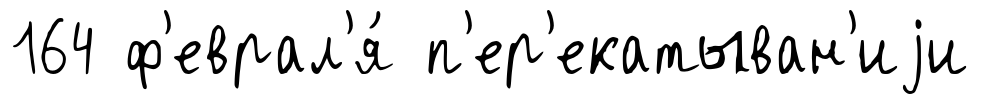
164 ф'еврал'я́ п'ер'екатыван'иjи